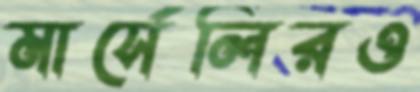
মার্সেলিরও